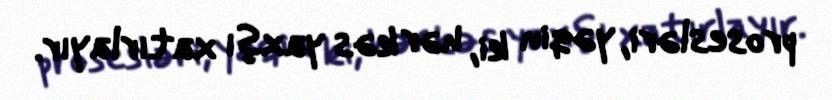
prosesləri, yəqin ki, hər kəs yaxşı xatırlayır.